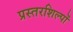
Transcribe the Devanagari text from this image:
प्रस्तरशिल्पों